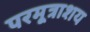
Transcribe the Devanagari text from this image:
परमूत्राशय